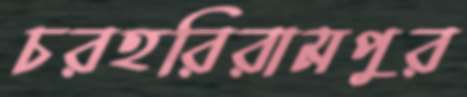
চরহরিরামপুর